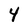
Character: 4